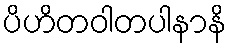
ပိဟိတဝါတပါနာနိ